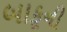
બાકૂની